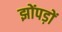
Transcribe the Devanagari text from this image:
झोंपड़ों